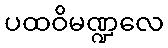
ပထဝိမဏ္ဍလေ